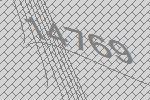
14769